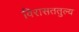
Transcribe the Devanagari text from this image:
विरासततुल्य